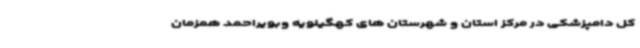
کل دامپزشکی در مرکز استان و شهرستان های کهگیلویه وبویراحمد همزمان